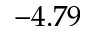
- 4 . 7 9